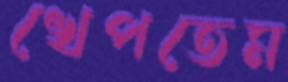
খেপতেম